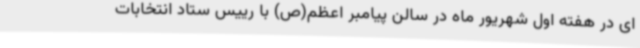
ای در هفته اول شهریور ماه در سالن پیامبر اعظم(ص) با رییس ستاد انتخابات